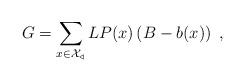
LaTeX: \begin{align*}G = \sum_{x \in \mathcal{X}_{\triangleleft}} L P(x) \left(B - b(x)\right) \ ,\end{align*}